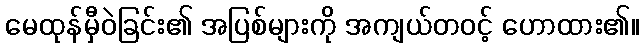
မေထုန်မှီဝဲခြင်း၏ အပြစ်များကို အကျယ်တဝင့် ဟောထား၏။